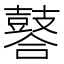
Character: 䶀